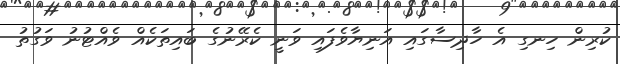
ކުރިން ހިނގި އެ ހާދިސާގައި އަނިޔާވެފައި ވަނީ ކެރޭނުގެ ބައިތަކެއް ވެއްޓުނު ވަގުތު